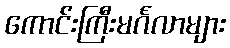
ကောင်းကြီးမင်္ဂလာများ